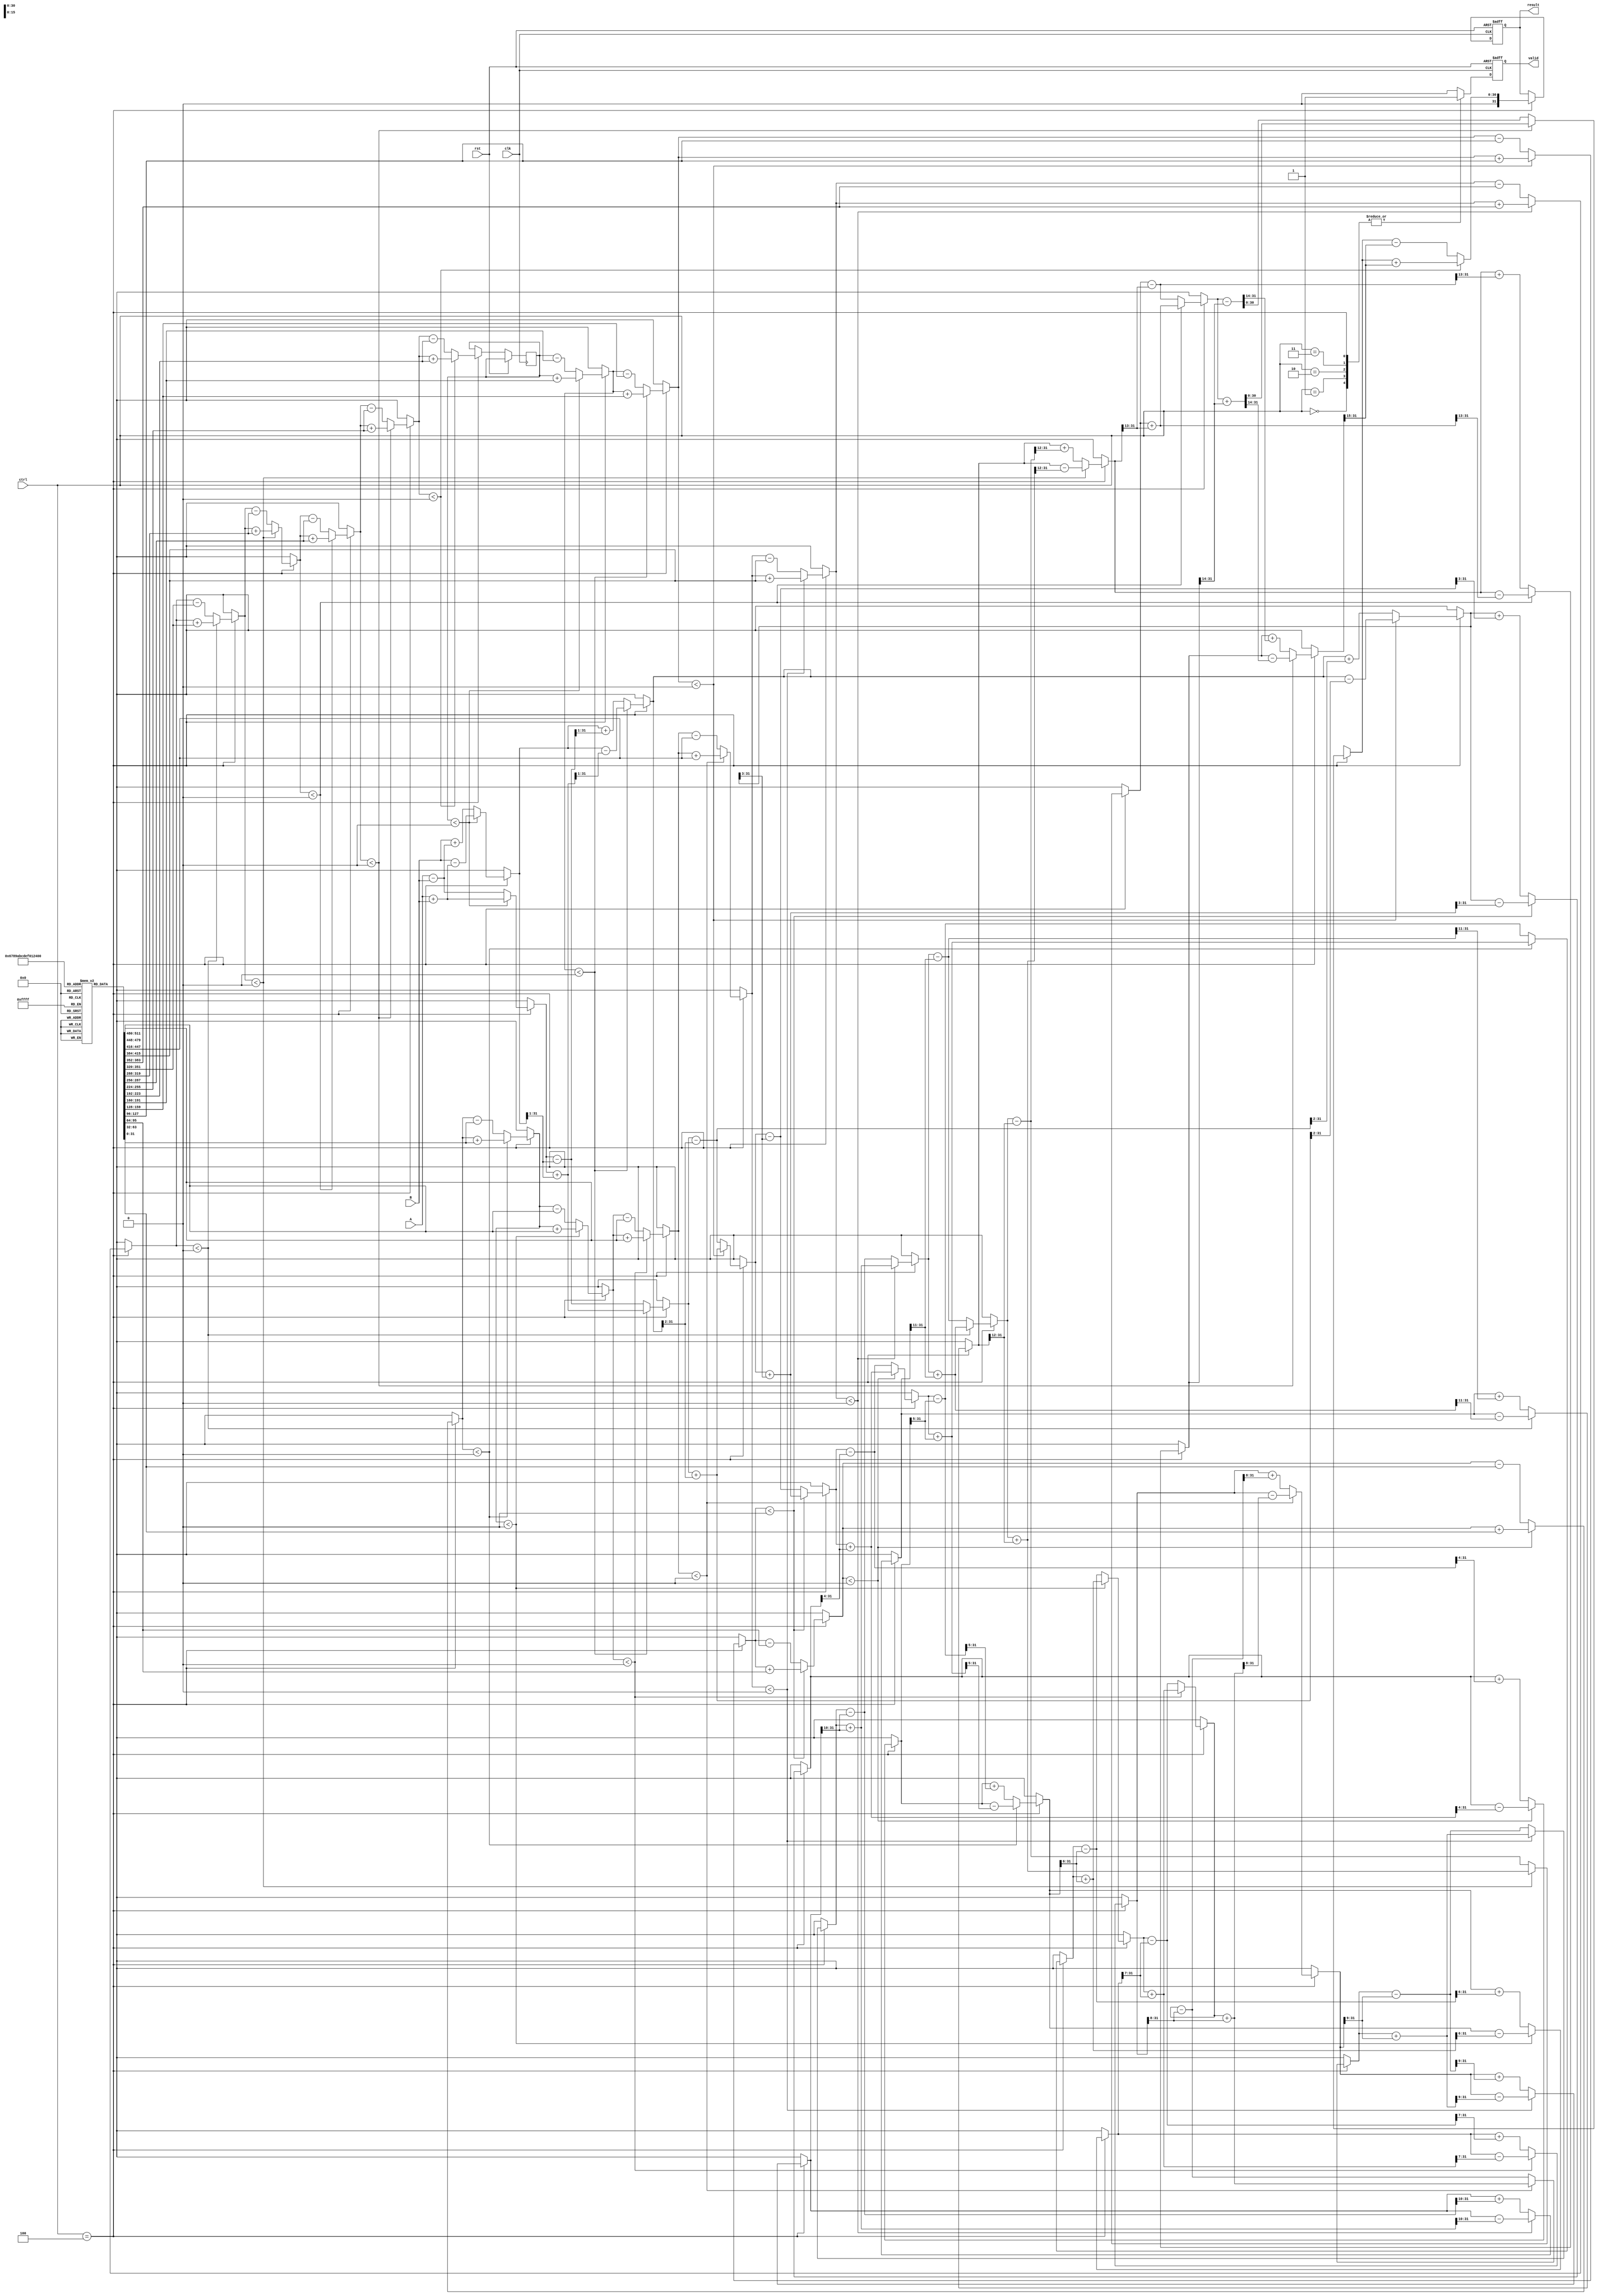
module cordic_floating_point (
    input wire clk,
    input wire rst,
    input wire [31:0] A, // Floating-point operand A (IEEE 754 single precision)
    input wire [31:0] B, // Floating-point operand B (IEEE 754 single precision)
    input wire [2:0] ctrl, // Control signal for operation
    output reg [31:0] result, // Result of the operation
    output reg valid // Indicates valid output
);

    // CORDIC parameters
    parameter NUM_ITERATIONS = 16;
    
    // Internal signals
    reg [31:0] x, y, z; // x, y vectors and angle z
    reg [31:0] angle_table [0:NUM_ITERATIONS-1]; // Precomputed angle table
    reg [4:0] i; // Iteration counter

    // Initialize angle table (in radians, scaled appropriately)
    initial begin
        angle_table[0] = 32'h20000000; // atan(1) = 0.785398 (scaled)
        angle_table[1] = 32'h1C71C71C; // atan(0.5) = 0.463648 (scaled)
        // Fill in other angles as needed...
    end

    // Normalization and unpacking of floating-point numbers
    task normalize;
        input [31:0] float_in;
        output reg [31:0] mantissa;
        output reg [7:0] exponent;
        output reg sign;
        begin
            sign = float_in[31];
            exponent = float_in[30:23] - 127; // Adjust bias for single precision
            mantissa = {1'b1, float_in[22:0]}; // Implicit leading 1 for normalized
        end
    endtask

    // CORDIC algorithm
    task cordic;
        input [31:0] x_in, y_in, z_in;
        output reg [31:0] x_out, y_out;
        begin
            x = x_in;
            y = y_in;
            z = z_in;
            for (i = 0; i < NUM_ITERATIONS; i = i + 1) begin
                if (z < 0) begin
                    x = x + (y >> i);
                    y = y - (x >> i);
                    z = z + angle_table[i];
                end else begin
                    x = x - (y >> i);
                    y = y + (x >> i);
                    z = z - angle_table[i];
                end
            end
            x_out = x;
            y_out = y;
        end
    endtask

    // Main processing block
    always @(posedge clk or posedge rst) begin
        if (rst) begin
            result <= 32'b0;
            valid <= 1'b0;
        end else begin
            case (ctrl)
                3'b000: begin // Addition
                    // Normalize inputs
                    // Call CORDIC for addition (not implemented in this example)
                    valid <= 1'b1; // Indicate valid output
                end
                3'b001: begin // Subtraction
                    // Normalize inputs
                    // Call CORDIC for subtraction (not implemented in this example)
                    valid <= 1'b1; // Indicate valid output
                end
                3'b010: begin // Multiplication
                    // Normalize inputs
                    // Call CORDIC for multiplication (not implemented in this example)
                    valid <= 1'b1; // Indicate valid output
                end
                3'b011: begin // Division
                    // Normalize inputs
                    // Call CORDIC for division (not implemented in this example)
                    valid <= 1'b1; // Indicate valid output
                end
                3'b100: begin // Trigonometric functions (sine, cosine)
                    // Normalize inputs
                    // Call CORDIC for trigonometric functions
                    cordic(A, B, z); // Example call
                    result <= {1'b0, x[30:0]}; // Example output formatting
                    valid <= 1'b1; // Indicate valid output
                end
                default: begin
                    valid <= 1'b0; // Invalid operation
                end
            endcase
        end
    end

endmodule